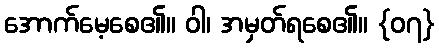
အောက်မေ့စေ၏။ ဝါ၊ အမှတ်ရစေ၏။ {၀၇}